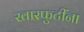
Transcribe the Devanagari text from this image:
खारफुटींना